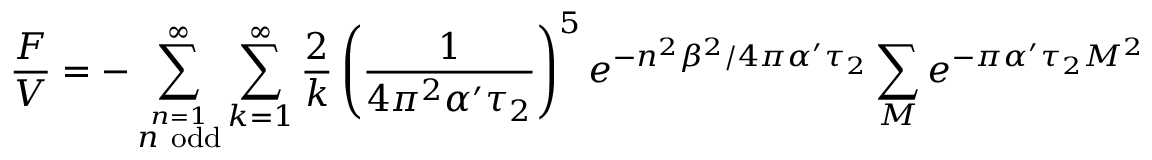
\frac { F } { V } = - \sum _ { \stackrel { n = 1 } { n ~ \mathrm { o d d } } } ^ { \infty } \sum _ { k = 1 } ^ { \infty } \frac { 2 } { k } \left( \frac { 1 } { 4 \pi ^ { 2 } \alpha ^ { \prime } \tau _ { 2 } } \right) ^ { 5 } e ^ { - n ^ { 2 } \beta ^ { 2 } / 4 \pi \alpha ^ { \prime } \tau _ { 2 } } \sum _ { M } e ^ { - \pi \alpha ^ { \prime } \tau _ { 2 } M ^ { 2 } }